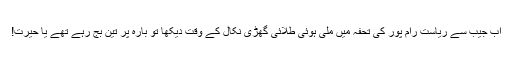
اب جیب سے ریاست رام پور کی تحفہ میں ملی ہوئی طلائی گھڑی نکال کے وقت دیکھا تو بارہ پر تین بج رہے تھے یا حیرت!